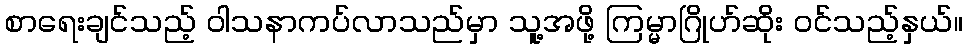
စာရေးချင်သည့် ဝါသနာကပ်လာသည်မှာ သူ့အဖို့ ကြမ္မာဂြိုဟ်ဆိုး ဝင်သည့်နှယ်။